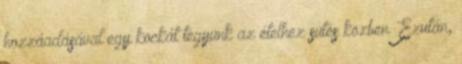
hozzáadásával egy kockát tegyünk az ételhez sütés közben. Ezután,